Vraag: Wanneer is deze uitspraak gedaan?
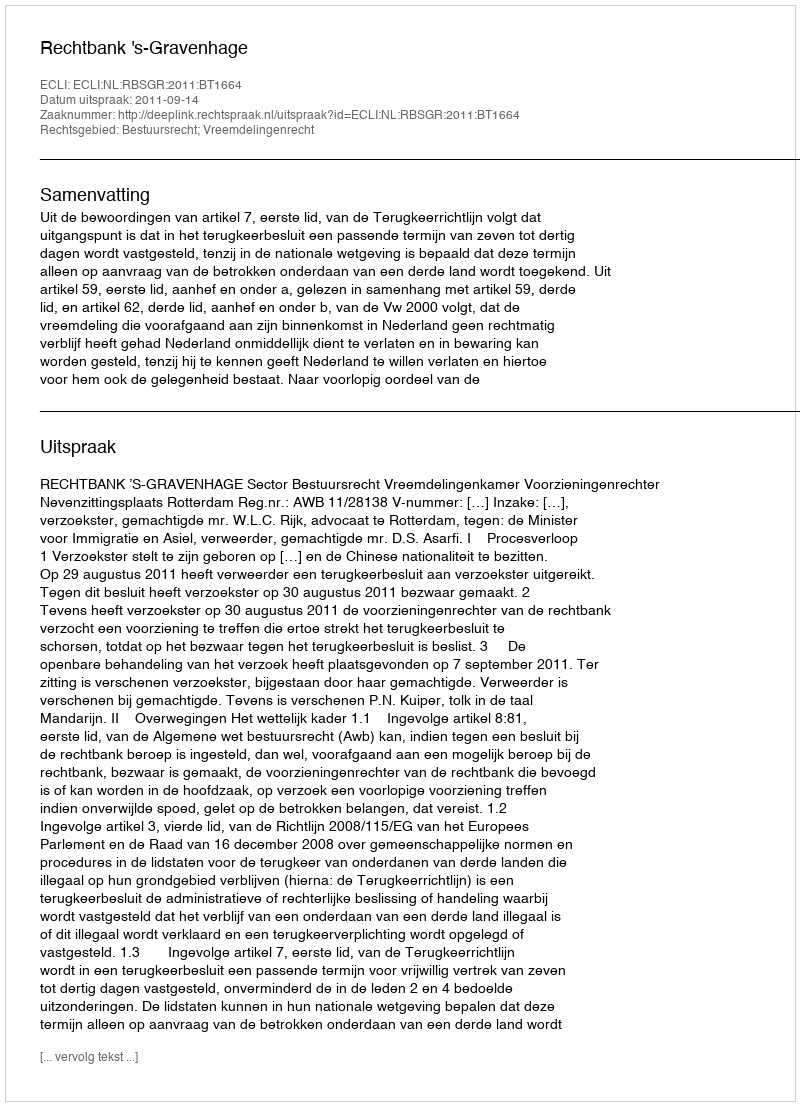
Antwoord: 2011-09-14